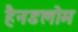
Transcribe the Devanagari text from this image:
हैनडलोम